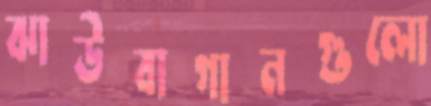
ঝাউবাগানগুলো